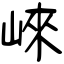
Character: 崍